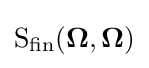
{\text{S}}_{\text{fin}}(\mathbf {\Omega } ,\mathbf {\Omega } )